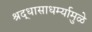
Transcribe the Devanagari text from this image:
श्रद्धासाधर्म्यामुळे